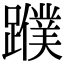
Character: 𨆯